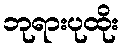
ဘုရားပုထိုး